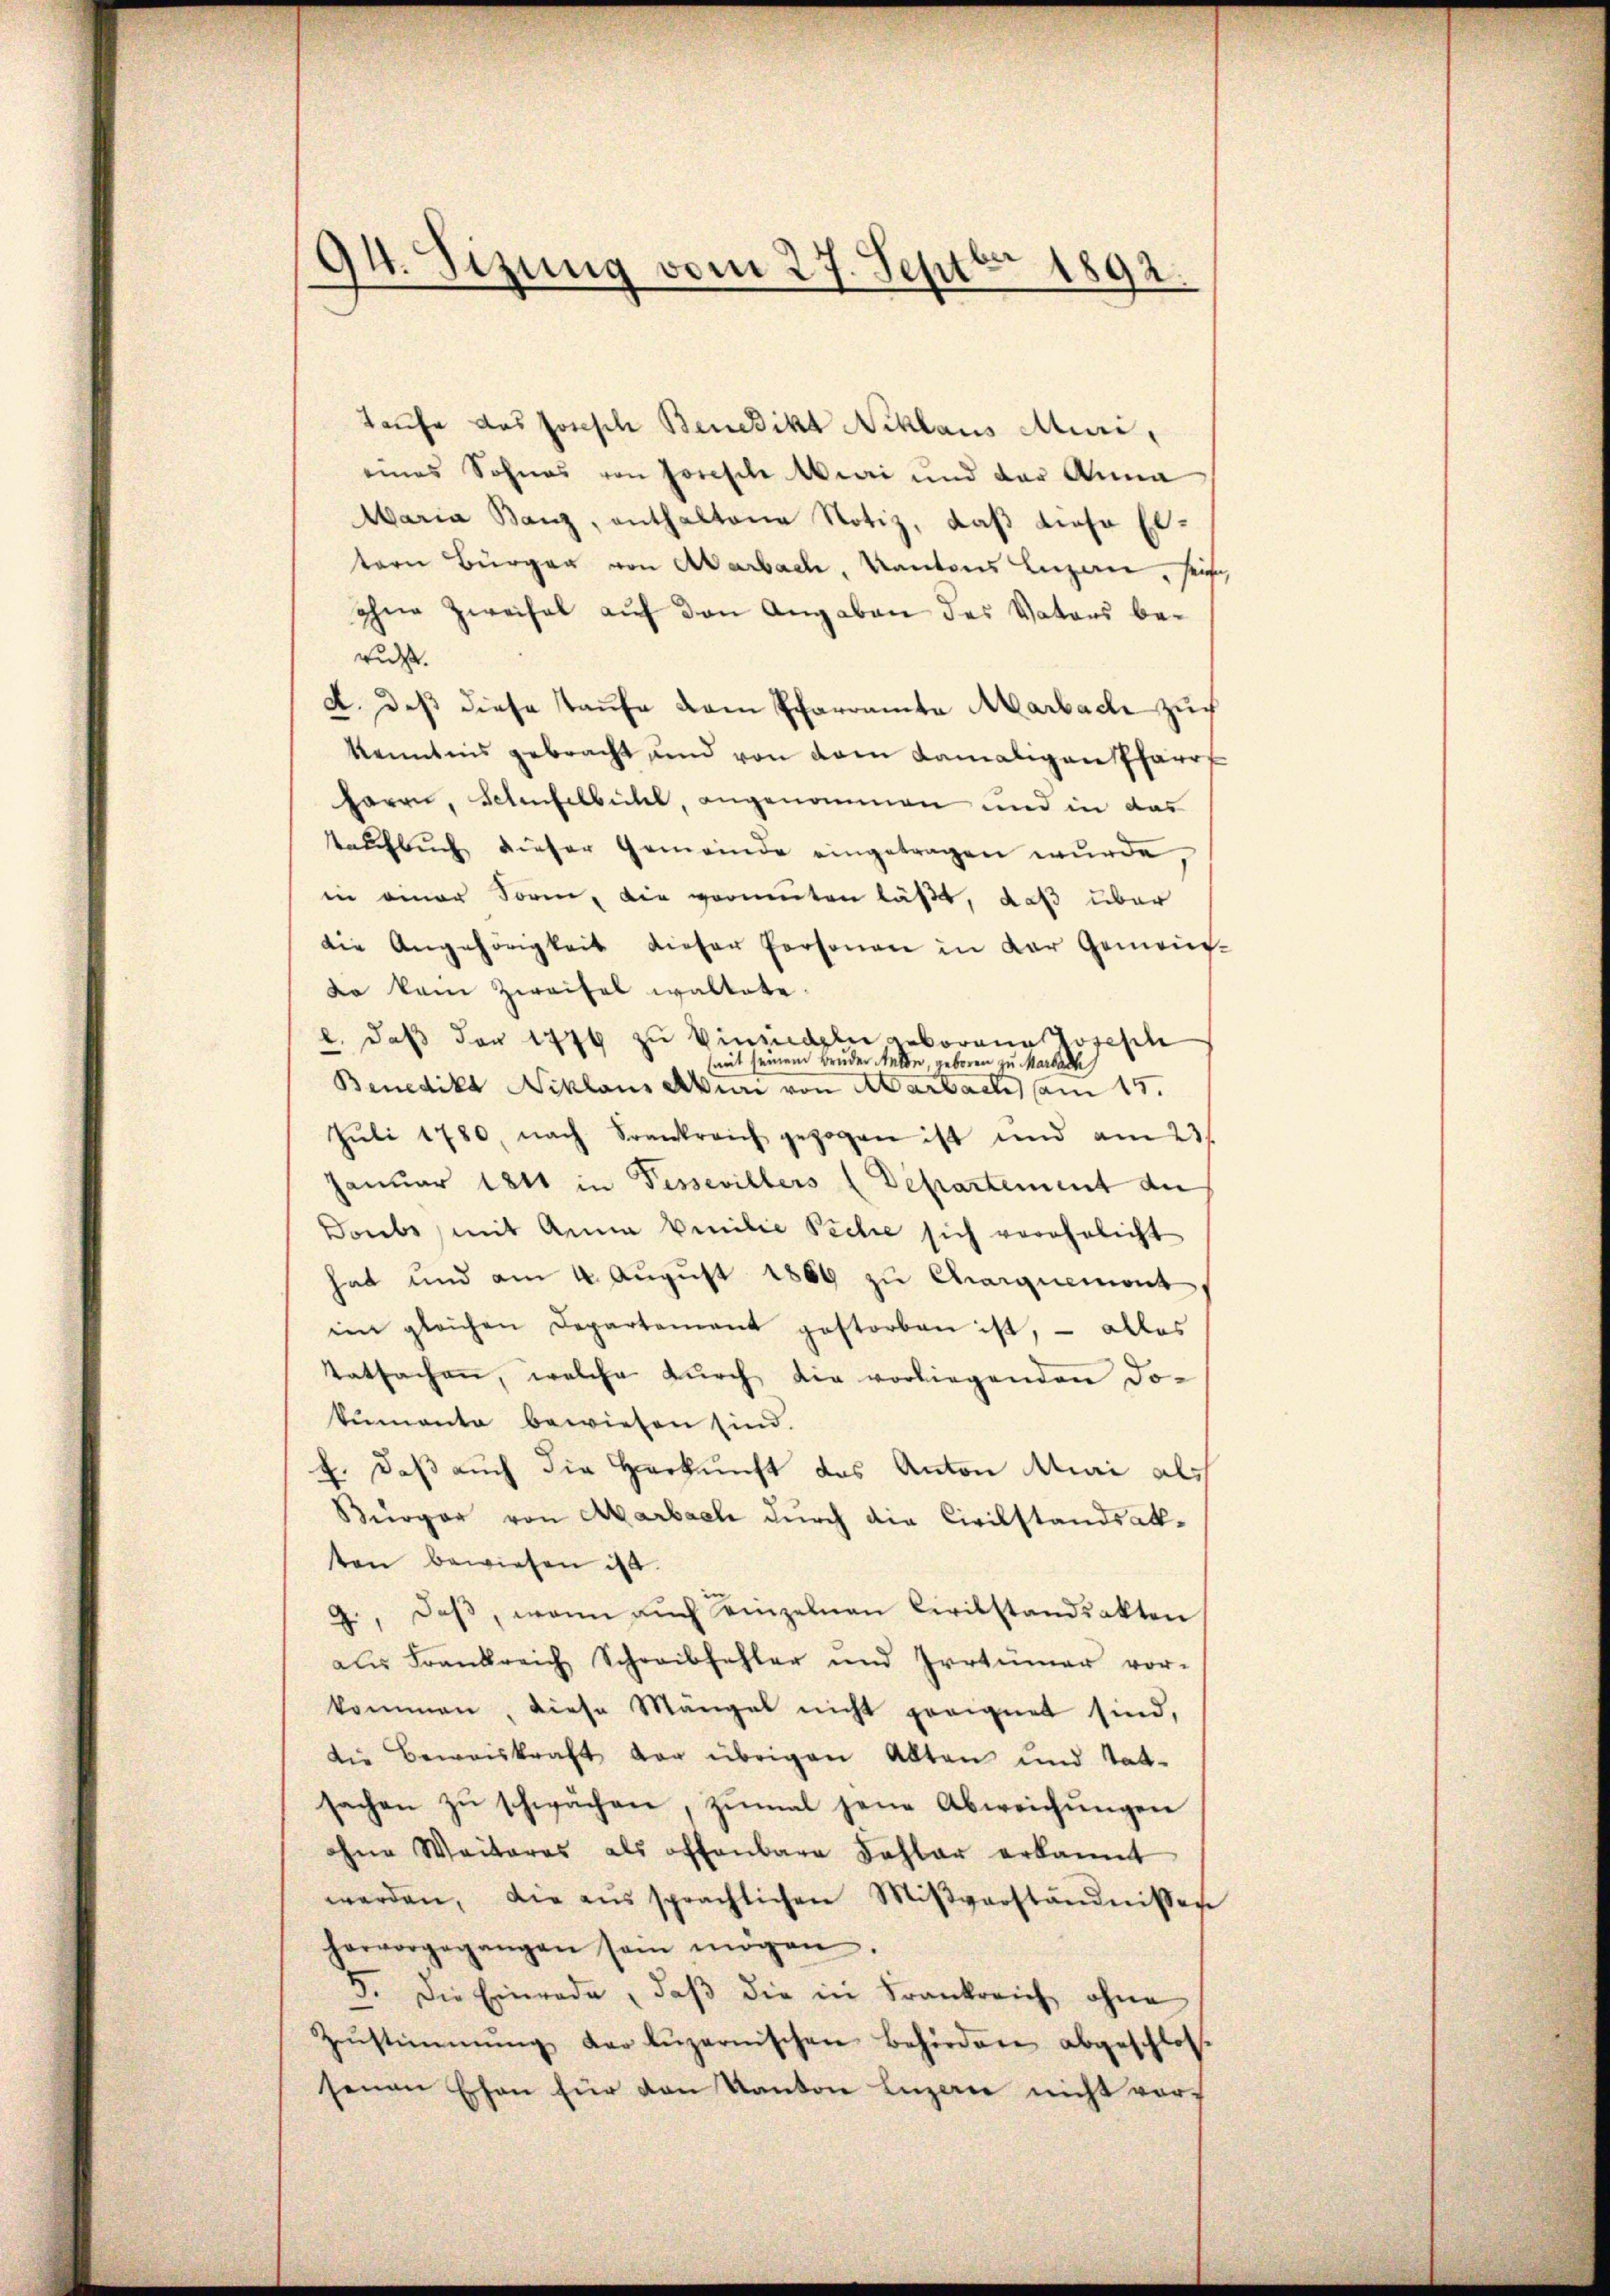
94. Sizung vom 27. Septbr 1892.

Taufe das Josisch Benedikt Niklaus Muri,
eines Sohnes von Forsche Mai und der Anna
Maria Banz, enthaltene Notiz, daß diese Eltern Bürger von Aarbach, Kantons Luzern, sei
ohne Zweifel auf den Angaben des Vaters berus.
2. daß diese Taufe dem Pfarramte Marbach zur
kenntnis gebracht und von dem damaligen Pfarrt
harrer, Schenfelbüchel, angenommen und in das
tauchbuch dieser Gemeinde eingetragen wurde,
in einer Form, die vermuten läßt, daß über
die Angehörigkeit dieser Personen in der Gemeinda kam Zweifel waltete.
l. daß der 1776 zu Einsiedeln geborene Tosesch
mit seinem Bruder Melde, geboren zu Marbach
Benedikt Niklaus Aburi von Aarbach am 15.
Jŭli 1780, nach Frankreich gezogen ist und am 23st
Januar 1841 in Fessevillers (Departement der
Doubs, mit Anna Emilie Peche sich verehelicht
hat und am 4. August 1889 zu Charquement
ien gleichen Departement gestorben ist, – alles
Tatsachen, welche dŭrch die vorliegenden do-
kumenta bewiesen sind.
f. daß auch die Herkunft des Anton Muri als
Bürger von Aarbach durch die Civilstandsakten bewiesen ist.
9., daβ, wenn auch einzelnen Civilstandsakten
aus Frankreich Schreibfehler und Irrtümer vor-
kommen, diese Mängel nicht geeignet sind,
die Beweiskraft der übrigen Alten und tat-
sachen zŭ schwächen, zŭmal jene Abweichŭngen
ohne Weiteres als offenbare Fahlar erkannt
werden, die ans sprachlichen Mißverständnissen
hervorgegangen sein mögen.
5. Die Einrade, daβ die in Frankreich ohne
Zŭstimmung der Lŭzernischen Behördere abgeschloss
senen Ehen für den Kanton Luzerne nicht vor¬